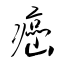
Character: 癌